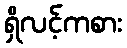
ရှိလင့်ကစား